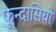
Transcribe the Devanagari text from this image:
फुन्दासियो